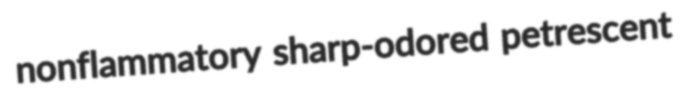
nonflammatory sharp-odored petrescent